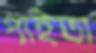
পাইতা